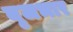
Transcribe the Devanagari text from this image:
बृजभार